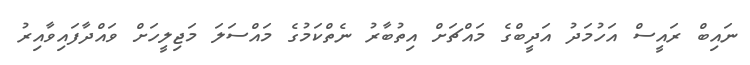
ނައިބް ރައީސް އަހުމަދު އަދީބްގެ މައްޗަށް އިތުބާރު ނެތްކަމުގެ މައްސަލަ މަޖިލީހަށް ވައްދާފައިވާއިރު